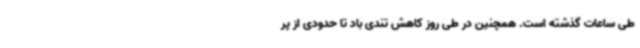
طی ساعات گذشته است. همچنین در طی روز کاهش تندی باد تا حدودی از پر